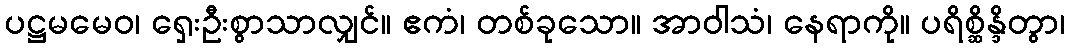
ပဋ္ဌမမေဝ၊ ရှေးဦးစွာသာလျှင်။ ဧကံ၊ တစ်ခုသော။ အာဝါသံ၊ နေရာကို။ ပရိစ္ဆိန္ဒိတွာ၊